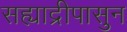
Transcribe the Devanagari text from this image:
सह्याद्रीपासुन